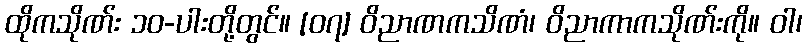
ထိုကသိုဏ်း ၁၀-ပါးတို့တွင်။ [၀၇] ဝိညာဏကသိဏံ၊ ဝိညာကာကသိုဏ်းကို။ ဝါ၊